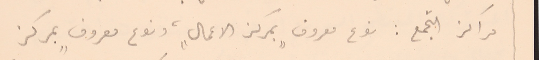
مراكز التجمع : نوع معروف "بمركز الاعمال"، ونوع معروف "بمركز